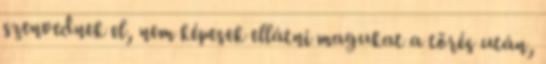
szenvednek el, nem képesek ellátni magukat a törés után,